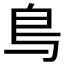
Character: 𫠓